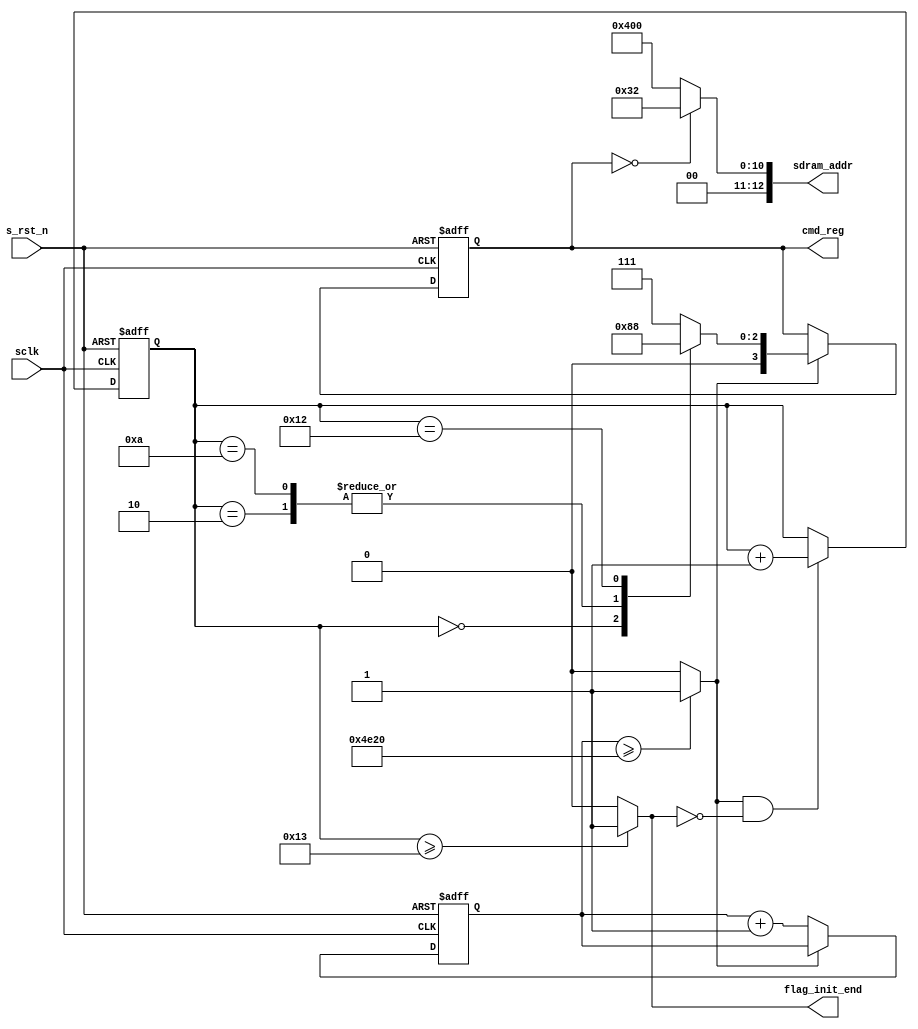
module  sdram_init(
        // system signals
        input                   sclk                    ,
        input                   s_rst_n                 ,
        // others
        output  reg     [ 3:0]  cmd_reg                 ,
        output  wire    [12:0]  sdram_addr              ,
        output  wire            flag_init_end
);

//================================================================\
// ========= Define Parameter and Internal Signals ==========
//================================================================/
localparam      DELAY_200US     =       20000                   ;
//SDRAM Command
localparam      NOP             =       4'b0111                 ;
localparam      PRE             =       4'b0010                 ;
localparam      AREF            =       4'b0001                 ;
localparam      MSET            =       4'b0000                 ;

reg     [14:0]                  cnt_200us                       ;
wire                            flag_200us                      ;
reg     [ 4:0]                  cnt_cmd                         ;
//==========================================================================
// ****************     Main    Code    **************
//==========================================================================
//cnt_200us
always  @(posedge sclk or negedge s_rst_n) begin
        if(s_rst_n == 1'b0)
                cnt_200us       <=      'd0;
        else if(flag_200us == 1'b0)
                cnt_200us       <=      cnt_200us + 1'b1;
end

always  @(posedge sclk or negedge s_rst_n) begin
        if(s_rst_n == 1'b0)
                cnt_cmd <=      'd0;
        else if(flag_200us == 1'b1 && flag_init_end == 1'b0)
                cnt_cmd <=      cnt_cmd + 1'b1;
end

//cmd_reg
always  @(posedge sclk or negedge s_rst_n) begin 
        if(s_rst_n == 1'b0)
                cmd_reg <=      NOP;
        else if(flag_200us == 1'b1)
                case(cnt_cmd)
                        0:      cmd_reg <=      PRE;
                        2:      cmd_reg <=      AREF;
                        10:     cmd_reg <=      AREF;
                        18:     cmd_reg <=      MSET;
                        default:cmd_reg <=      NOP;                        
                endcase
end

assign  flag_init_end   =       (cnt_cmd >= 'd19) ? 1'b1 : 1'b0;
assign  sdram_addr      =       (cmd_reg == MSET) ? 13'b0_0000_0011_0010 : 13'b0_0100_0000_0000;
assign  flag_200us      =       (cnt_200us >= DELAY_200US) ? 1'b1 : 1'b0;

endmodule